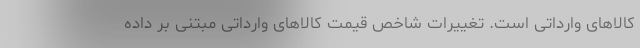
کالاهای وارداتی است. تغییرات شاخص قیمت کالاهای وارداتی مبتنی بر داده­